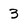
Character: 3